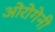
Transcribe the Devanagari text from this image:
ओरोगेनी